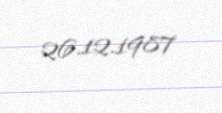
26.12.1987